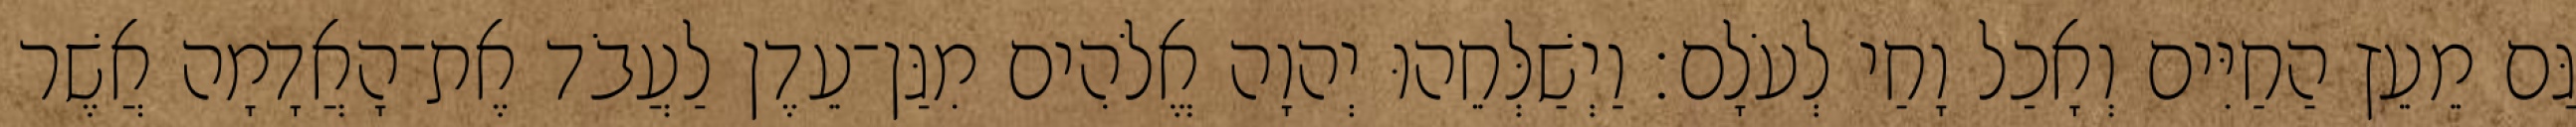
גַּם מֵעֵץ הַחַיִּים וְאָכַל וָחַי לְעֹלָם׃ וַיְשַׁלְּחֵהוּ יְהוָה אֱלֹהִים מִגַּן־עֵדֶן לַעֲבֹד אֶת־הָאֲדָמָה אֲשֶׁר